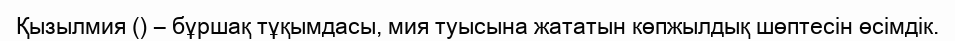
Қызылмия () – бұршақ тұқымдасы, мия туысына жататын көпжылдық шөптесін өсімдік.